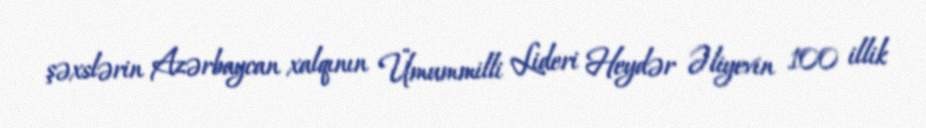
şəxslərin Azərbaycan xalqının Ümummilli Lideri Heydər Əliyevin 100 illik